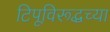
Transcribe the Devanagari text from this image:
टिपूविरूद्धच्या